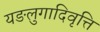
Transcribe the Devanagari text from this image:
यङलुगादिवृत्ति